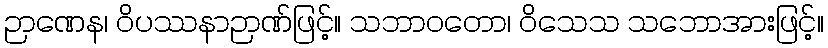
ဉာဏေန၊ ဝိပဿနာဉာဏ်ဖြင့်။ သဘာဝတော၊ ဝိသေသ သဘောအားဖြင့်။